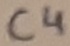
Text: C4